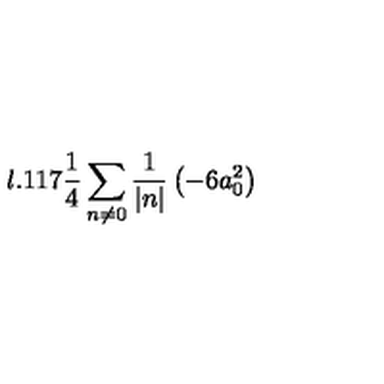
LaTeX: l . 1 1 7 \frac { 1 } { 4 } \sum _ { n \neq 0 } \frac { 1 } { | n | } \left( - 6 a _ { 0 } ^ { 2 } \right)